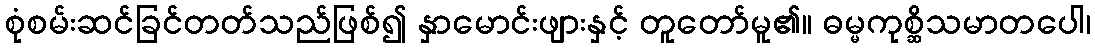
စုံစမ်းဆင်ခြင်တတ်သည်ဖြစ်၍ နှာမောင်းဖျားနှင့် တူတော်မူ၏။ ဓမ္မကုစ္ဆိသမာတပေါ၊